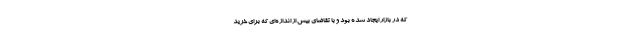
که در بازار ایجاد شده بود و با تقاضای بیش از اندازه‌ای که برای خرید